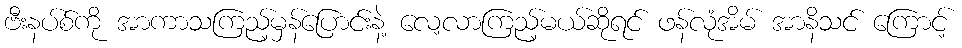
ဗီးနပ်စ်ကို အာကာသကြည့်မှန်ပြောင်းနဲ့ လေ့လာကြည့်မယ်ဆိုရင် ဖန်လုံအိမ် အာနိသင် ကြောင့်